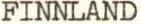
FINNLAND